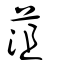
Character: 葅